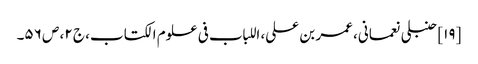
[۱۹] حنبلی نعمانی، عمر بن علی، اللباب فی علوم الکتاب، ج ۲، ص ۵۶۔